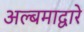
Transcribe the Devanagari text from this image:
अल्बमाद्वारे